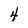
Character: 4